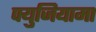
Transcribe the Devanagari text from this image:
फ्युजियामा